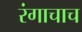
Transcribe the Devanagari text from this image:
रंगाचाच